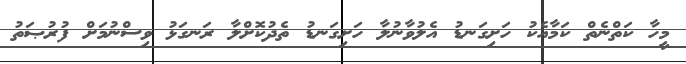
މީހާ ކަތްނެތް ކަމާއެކު ހަށިގަނޑު އެލުވާނުލާ ހަށިގަނޑު ތެދުކޮށްލާ ރަނގަޅު ވިސްނުމަށް ފުރުޞަތު